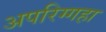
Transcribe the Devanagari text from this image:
अपरिग्गहा